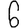
Digit: 6